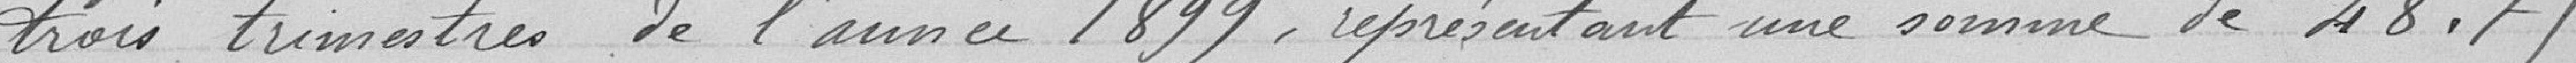
trois trimestres de l'année 1899, représentant une somme de 48,75